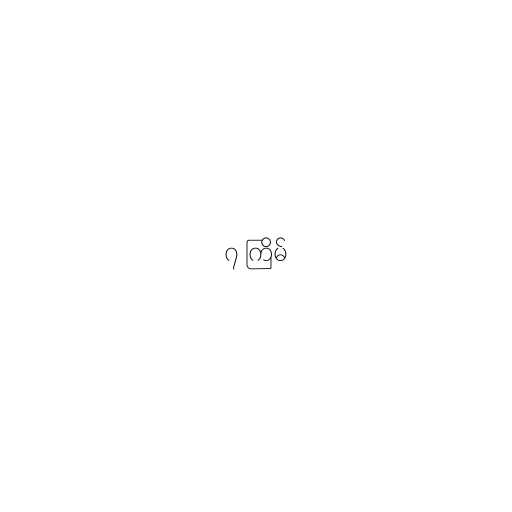
၇ ကြိမ်